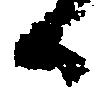
候